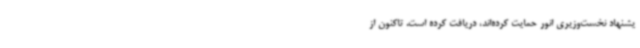
یشنهاد نخست‌وزیری انور حمایت کرده‌اند، دریافت کرده است. تاکنون از